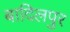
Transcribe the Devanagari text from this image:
बादिलपुर